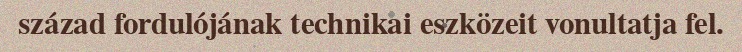
század fordulójának technikai eszközeit vonultatja fel.